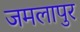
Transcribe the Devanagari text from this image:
जमलापुर